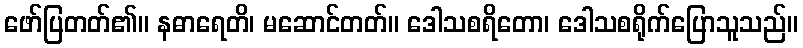
ဖော်ပြတတ်၏။ နဓာရေတိ၊ မဆောင်တတ်။ ဒေါသစရိတော၊ ဒေါသစရိုက်ပြောသူသည်။